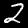
Label: 2